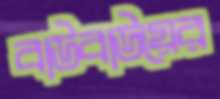
বাউবাউয়ের